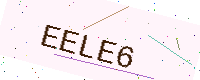
Text: EELE6